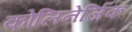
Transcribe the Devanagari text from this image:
कोलिनेर्जिक